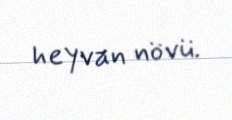
heyvan növü.